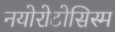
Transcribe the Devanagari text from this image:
नयोरोटोसिस्म